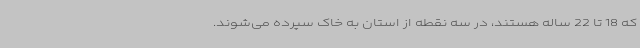
که 18 تا 22 ساله هستند، در سه نقطه از استان به خاک سپرده می‌شوند.